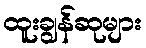
ထူးချွန်ဆုများ